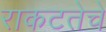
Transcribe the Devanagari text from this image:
राकटतेचे